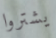
يشتروا